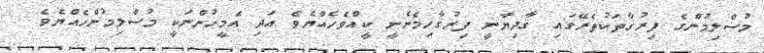
މުސްލިމުންގެ ފިރުޤާތަކުތެރޭގައި ޤާދިޔާނީ ފިރުޤާހިމެނެނީ ކީއްވެހެއްޔެވެ އަދި އެމީހުންނަކީ މުސްލިމުންހެއްޔެވެ